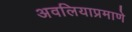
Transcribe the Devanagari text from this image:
अवलियाप्रमाणे